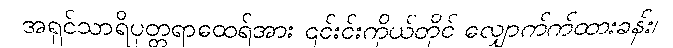
အရှင်သာရိပုတ္တရာထေရ်အား ၎င်းင်းကိုယ်တိုင် လျှောက်က်ထားခန်း၊